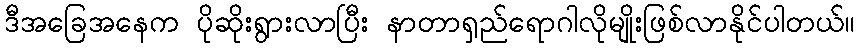
ဒီအခြေအနေက ပိုဆိုးရွားလာပြီး နာတာရှည်ရောဂါလိုမျိုးဖြစ်လာနိုင်ပါတယ်။